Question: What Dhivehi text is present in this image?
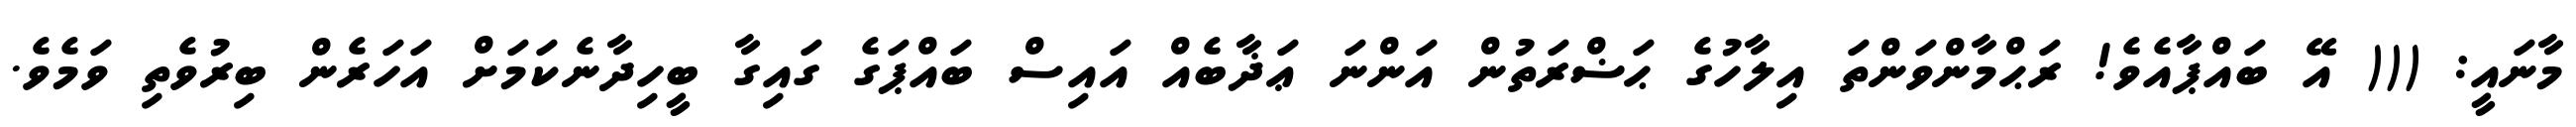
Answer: މާނައީ: ((( އޭ ބައްޕާއެވެ! ރަޙްމާންވަންތަ އިލާހުގެ ޙަޟްރަތުން އަންނަ ޢަޛާބެއް އައިސް ބައްޕަގެ ގައިގާ ބީހިދާނެކަމަށް އަހަރެން ބިރުވެތި ވަމެވެ.